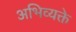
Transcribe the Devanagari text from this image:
अभिव्यक्ते